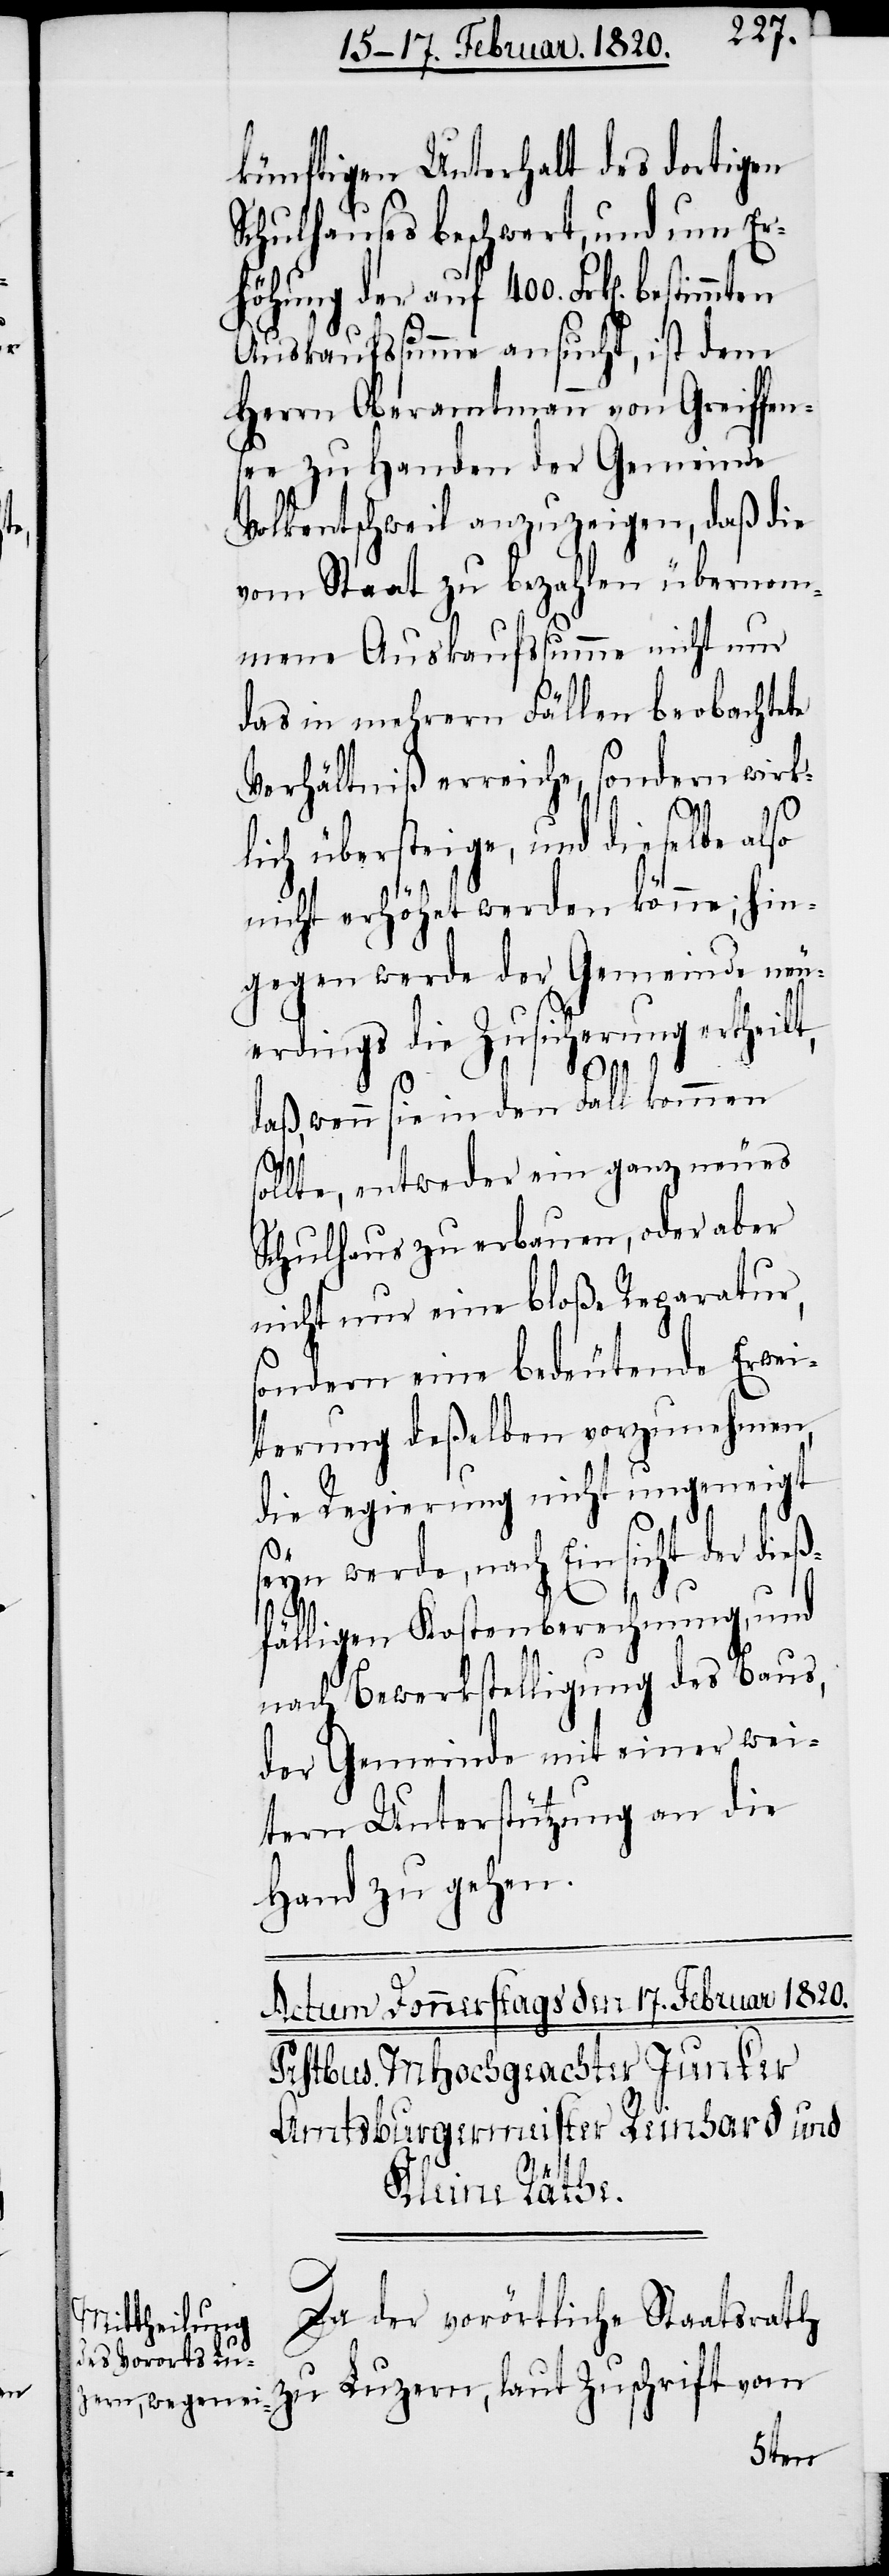
künftigen Unterhalt des dortigen
Schulhauses beschwert, und um Er¬
höhung der auf 400. Frk[en].
Auskaufssumme ansucht, ist dem
Herrn Oberamtmann von Greiffen¬
see zu Handen der Gemeinde
Volkentschweil anzuzeigen, daß die
vom Staat zu bezahlen übernom¬
mene Auskaufssumme nicht nur
das in mehrern Fällen beobachtete
Verhältniß erreiche, sondern wirk¬
lich übersteige, und dieselbe also
nicht erhöhet werden könne; hin¬
gegen werde der Gemeinde neu¬
erdings die Zusicherung ertheilt,
daß, wenn sie in den Fall kommen
sollte, entweder ein ganz neues
Schulhaus zu erbauen, oder aber
nicht nur eine bloße Reparatur,
sondern eine bedeutende Erwei¬
terung deßelben vorzunehmen,
die Regierung nicht ungeneigt
seyn werde, nach Einsicht der dieß¬
fälligen Kostenberechnung, und
nach Bewerkstelligung des Baus,
der Gemeinde mit einer wei¬
tern Unterstützung an die
Hand zu gehen.
Da der vorörtliche Staatsrath